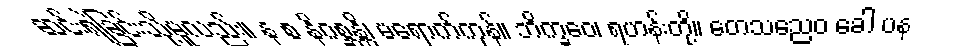
ဆင်းရဲခြင်းသို့မူလည်း။ န စ နိဂစ္ဆန္တိ၊ မရောက်ကုန်။ ဘိက္ခဝေ၊ ရဟန်းတို့။ တေသညေဝ ခေါ ပန